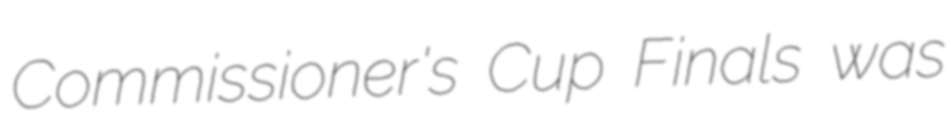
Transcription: Commissioner's Cup Finals was